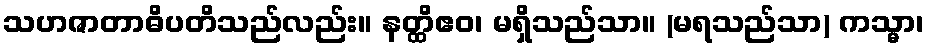
သဟဇာတာဓိပတိသည်လည်း။ နတ္ထိဧဝ၊ မရှိသည်သာ။ (မရသည်သာ) ကသ္မာ၊